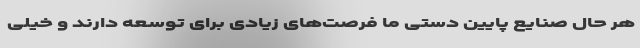
هر حال صنایع پایین دستی ما فرصت‌های زیادی برای توسعه دارند و خیلی